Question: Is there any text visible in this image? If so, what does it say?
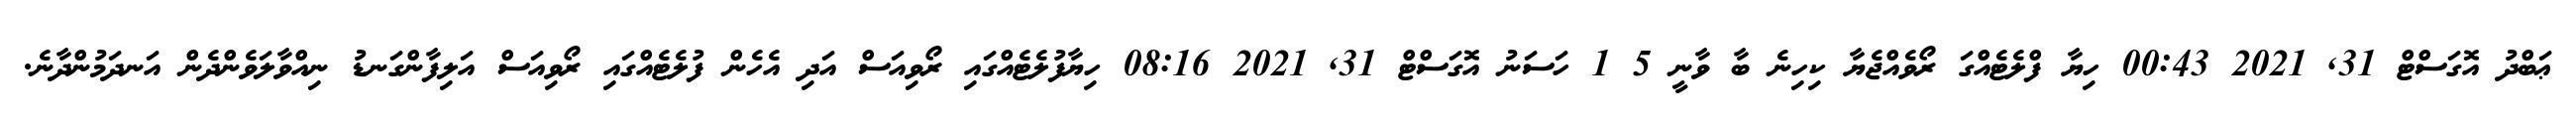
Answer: ޢަބްދު އޮގަސްޓް 31, 2021 00:43 ހިޔާ ފްލެޓެއްގަ ރޯވެއްޖެޔާ ކިހިނެ ބާ ވާނީ 5 1 ހަސަނު އޮގަސްޓް 31, 2021 08:16 ހިޔާފުލެޓެއްގައި ރޯވިއަސް އަދި އެހެން ފުލެޓެއްގައި ރޯވިއަސް އަލިފާންގަނޑު ނިއްވާލަވެންދެން އަނދަމުންދާނެ.